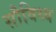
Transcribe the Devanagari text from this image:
सौविध्य